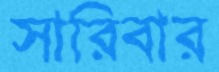
সারিবার